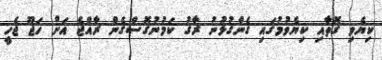
ކިޔެވި ގޮތާއި ކިޔެވުމުގައި ގެންގުޅުނު ރާގު ކަމުނުގޮސްގެން ރާއްޖެ އަށް ހަޖޫ ޖެހީ